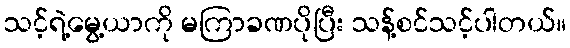
သင့်ရဲ့မွေ့ယာကို မကြာခဏပိုပြီး သန့်စင်သင့်ပါတယ်။